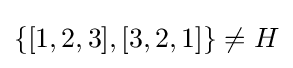
\{[1,2,3],[3,2,1]\}\neq H